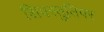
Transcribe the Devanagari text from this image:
शिवस्तुतिपर